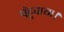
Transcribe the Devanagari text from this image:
पँहुचाया।